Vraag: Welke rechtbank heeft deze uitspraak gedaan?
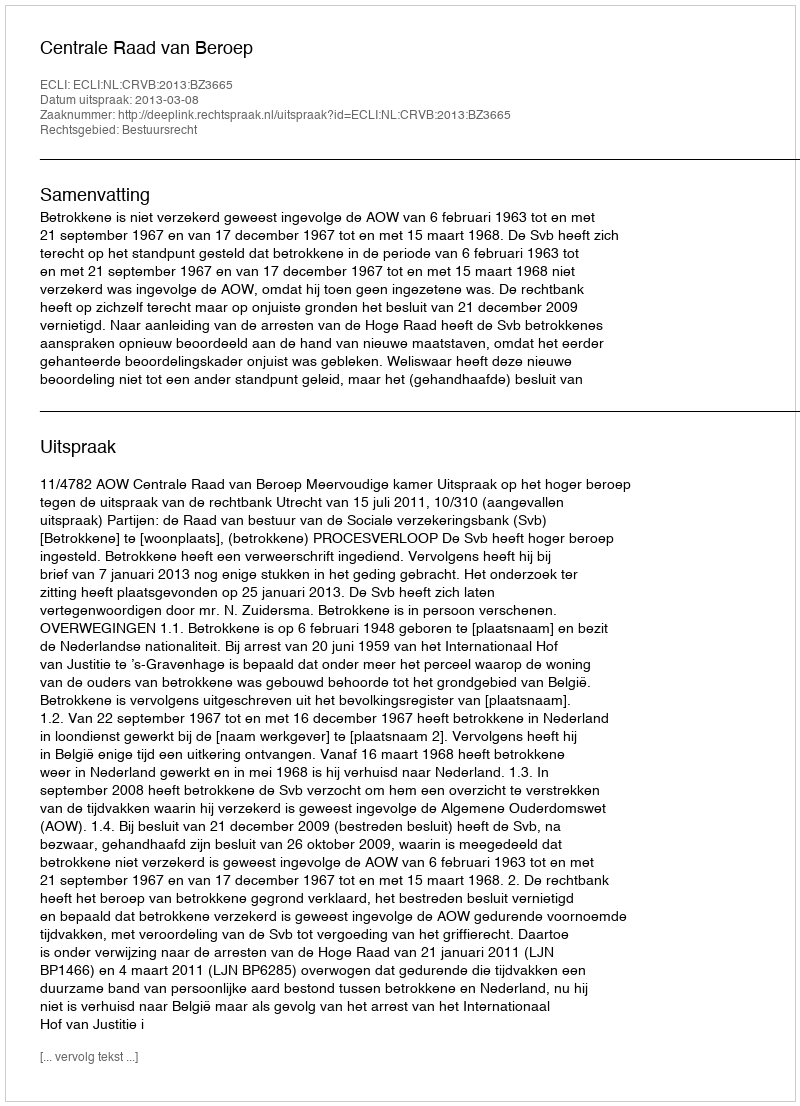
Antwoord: Centrale Raad van Beroep